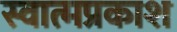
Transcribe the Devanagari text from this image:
स्वात्मप्रकाश